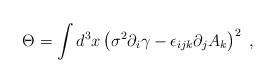
LaTeX: \begin{align*}\Theta =\int d^{3}x\left( \sigma ^{2}\partial _{i}\gamma -\epsilon_{ijk}\partial _{j}A_{k}\right) ^{2}\;, \end{align*}